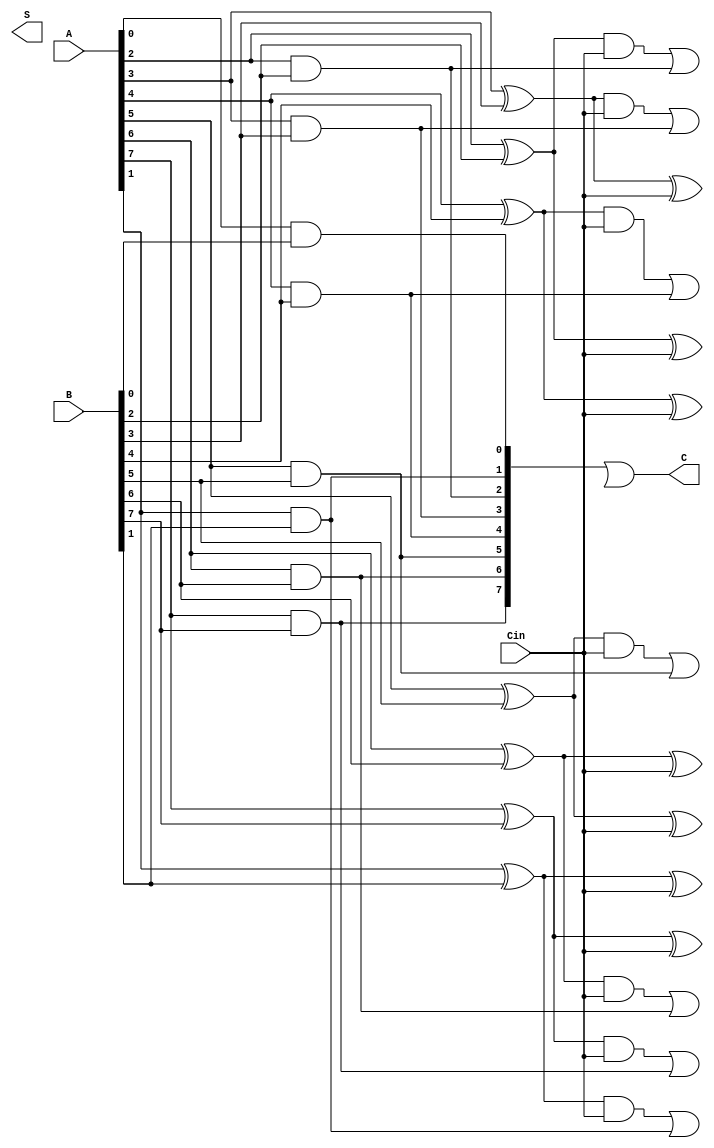
module CarrySaveAdder #(parameter n = 8)(
    input [n-1:0] A,      // First n-bit input
    input [n-1:0] B,      // Second n-bit input
    input Cin,            // Carry-in input
    output [n-1:0] S,     // Sum output
    output [n-1:0] C      // Carry output
);

    // Internal wire declarations for sum and carry
    wire [n-1:0] HA_S;    // Half adder sum outputs
    wire [n-1:0] HA_C;    // Half adder carry outputs
    wire [n-1:0] FA_S;    // Full adder sum outputs
    wire [n-1:0] FA_C;    // Full adder carry outputs
    
    // Generate half adders for the least significant bit
    assign HA_S[0] = A[0] ^ B[0];        // Sum for bit 0
    assign HA_C[0] = A[0] & B[0];        // Carry for bit 0

    // Generate half adders and full adders for the remaining bits
    genvar i;
    generate
        for (i = 1; i < n; i = i + 1) begin: adder_loop
            // Half adder for each bit position (except for the LSB)
            assign HA_S[i] = A[i] ^ B[i];                 // Half adder sum
            assign HA_C[i] = A[i] & B[i];                 // Half adder carry

            // Full adder for combining current HA output with Cin and previous carry
            assign FA_S[i] = HA_S[i] ^ Cin;                // Full adder sum
            assign FA_C[i] = (HA_S[i] & Cin) | HA_C[i];  // Full adder carry
        end
    endgenerate

    // Assign outputs: sum is the sum from the half adder and full adders,
    // carry is the carry from the half adder and full adders.
    assign S = FA_S;    // Output sum vector
    assign C = HA_C | FA_C;  // Output carry vector

endmodule